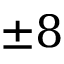
\pm 8